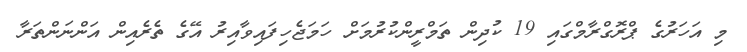
މި އަހަރުގެ ޕްރޮގްރާމްގައި 19 ކުދިން ތަމްރީންކުރުމަށް ހަމަޖެހިފައިވާއިރު އޭގެ ތެރެއިން އަންނަންތަރާ